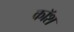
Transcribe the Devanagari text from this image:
कॉश